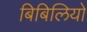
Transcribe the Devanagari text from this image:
बिबिलियो